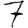
Digit: 7